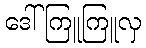
ဒေါ်ကြူကြူလှ